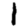
Digit: 1